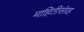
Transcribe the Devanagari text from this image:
माहितीसंग्रह